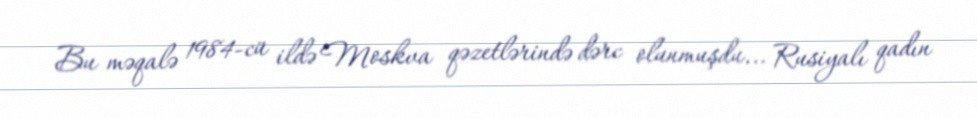
Bu məqalə 1984-cü ildə Moskva qəzetlərində dərc olunmuşdu... Rusiyalı qadın